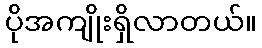
ပိုအကျိုးရှိလာတယ်။